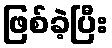
ဖြစ်ခဲ့ပြီး